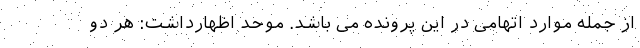
از جمله موارد اتهامی در این پرونده می باشد. موحد اظهارداشت: هر دو